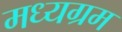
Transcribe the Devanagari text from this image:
मध्यग्रम